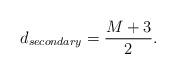
LaTeX: \begin{align*} d_{secondary} = \frac{M+3}{2}.\end{align*}